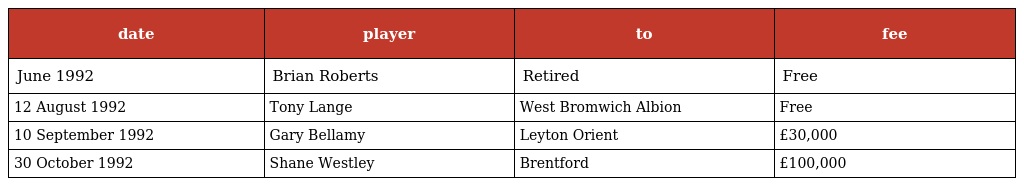
| date | player | to | fee |
 | --- | --- | --- | --- |
 | June 1992 | Brian Roberts | Retired | Free |
 | 12 August 1992 | Tony Lange | West Bromwich Albion | Free |
 | 10 September 1992 | Gary Bellamy | Leyton Orient | £30,000 |
 | 30 October 1992 | Shane Westley | Brentford | £100,000 |